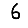
Digit: 6